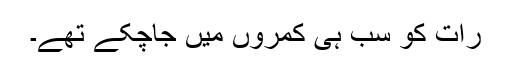
رات کو سب ہی کمروں میں جاچکے تھے۔